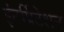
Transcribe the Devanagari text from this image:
इंटर्प्रिटेशन